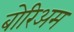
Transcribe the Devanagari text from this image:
बोरिअम